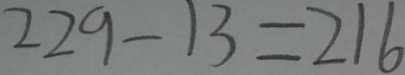
2 2 9 - 1 3 = 2 1 6